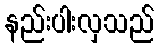
နည်းပါးလှသည်